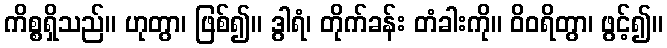
ကိစ္စရှိသည်။ ဟုတွာ၊ ဖြစ်၍။ ဒွါရံ၊ တိုက်ခန်း တံခါးကို။ ဝိဝရိတွာ၊ ဖွင့်၍။